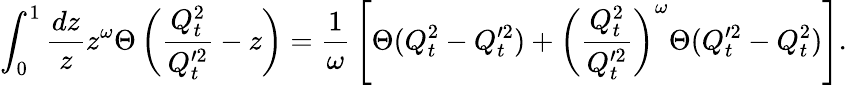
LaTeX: \int_{0}^{1}{\frac{dz}{z}}z^{\omega}\Theta\left({\frac{Q_{t}^{2}}{Q_{t}^{\prime 2}}}-z\right)={\frac{1}{\omega}}\left[\Theta(Q_{t}^{2}-Q_{t}^{\prime 2})+\left({\frac{Q_{t}^{2}}{Q_{t}^{\prime 2}}}\right)^{\omega}\Theta(Q_{t}^{\prime 2}-Q_{t}^{2})\right].